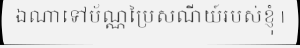
ឯណាទៅប័ណ្ណប្រៃសណីយ៍របស់ខ្ញុំ |